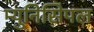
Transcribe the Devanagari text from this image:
म्‍युनिसिपल